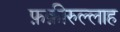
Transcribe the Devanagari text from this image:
फ़क़ीरुल्लाह